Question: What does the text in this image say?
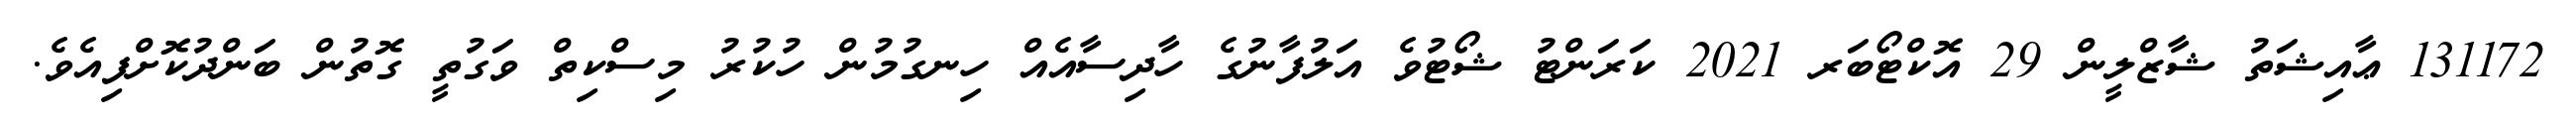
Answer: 131172 ޢާއިޝަތު ޝާޒްލީން 29 އޮކްޓޯބަރ 2021 ކަރަންޓު ޝޯޓުވެ އަލުފާނުގެ ހާދިސާއެއް ހިނގުމުން ހުކުރު މިސްކިތް ވަގުތީ ގޮތުން ބަންދުކޮށްފިއެވެ.